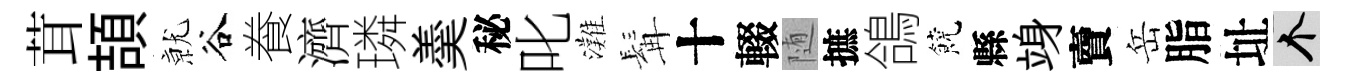
茸頡𭕒谷飬濟璘羮秘叱灘髯十輟随摭鴿饒縣竧𧶠岳脂址个